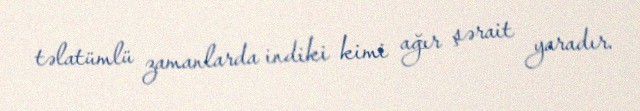
təlatümlü zamanlarda indiki kimi ağır şərait yaradır.